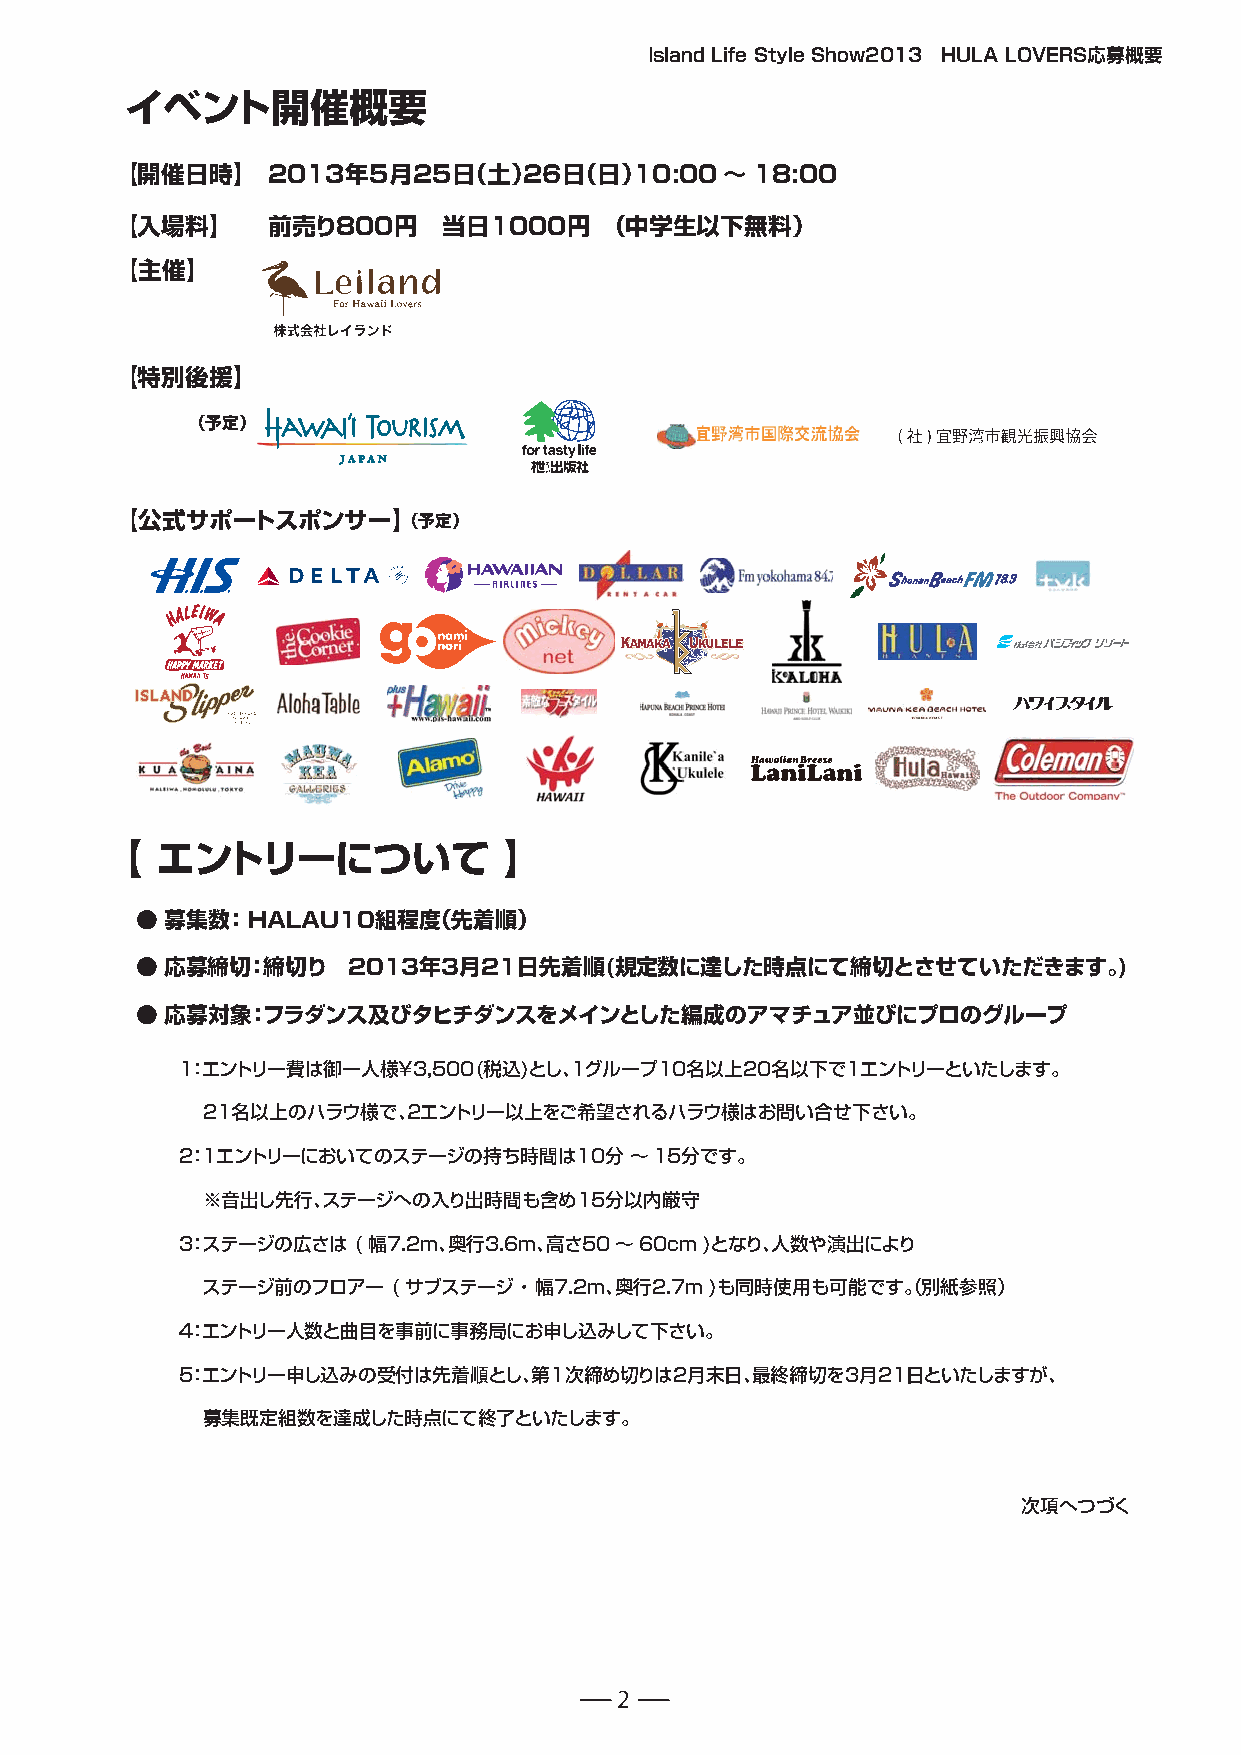
Island Life Style Show2013 HULA LOVERS応募概要
 イベント開催概要
 【開催日時】    2013年5月25日（土）26日（日）10:00〜18:00
 【入場料】     前売り800円    当日1000円    （中学生以下無料）
 【主催】
 【特別後援】
 （予定）
 【公式サポートスポンサー】（予定）
 【  エントリーについて              】
 ● 募集数： HALAU10組程度（先着順）
 ● 応募締切：締切り    2013年3月21日先着順(規定数に達した時点にて締切とさせていただきます。)
 ● 応募対象：フラダンス及びタヒチダンスをメインとした編成のアマチュア並びにプロのグループ
 1：エントリー費は御一人様￥3,500(税込)とし、1グループ10名以上20名以下で1エントリーといたします。
 21名以上のハラウ様で、２エントリー以上をご希望されるハラウ様はお問い合せ下さい。
 2：1エントリーにおいてのステージの持ち時間は10分    〜15分です。
 ※音出し先行、ステージへの入り出時間も含め15分以内厳守
 3：ステージの広さは ( 幅7.2m、奥行3.6m、高さ50〜60cm )となり、人数や演出により
 ステージ前のフロアー   ( サブステージ ・ 幅7.2m、奥行2.7m )も同時使用も可能です。（別紙参照）
 4：エントリー人数と曲目を事前に事務局にお申し込みして下さい。
 5：エントリー申し込みの受付は先着順とし、第1次締め切りは2月末日、最終締切を3月21日といたしますが、
 募集既定組数を達成した時点にて終了といたします。
 次項へつづく
 2